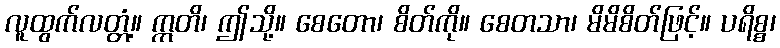
လူထွက်လတ္တံ့။ ဣတိ၊ ဤသို့။ စေတော၊ စိတ်ကို။ စေတသာ၊ မိမိစိတ်ဖြင့်။ ပရိစ္စ၊